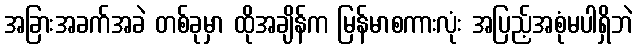
အခြားအခက်အခဲ တစ်ခုမှာ ထိုအချိန်က မြန်မာစကားလုံး အပြည့်အစုံမပါရှိဘဲ